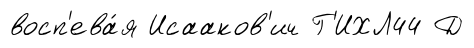
восп'ева́я Исааков'ич Г'ИХЛ44 Д